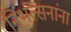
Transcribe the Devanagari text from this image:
निर्भत्सनांना